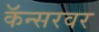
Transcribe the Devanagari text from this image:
कॅन्सरवर